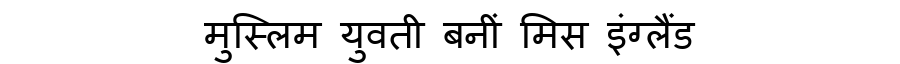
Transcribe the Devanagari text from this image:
मुस्लिम युवती बनीं मिस इंग्लैंड